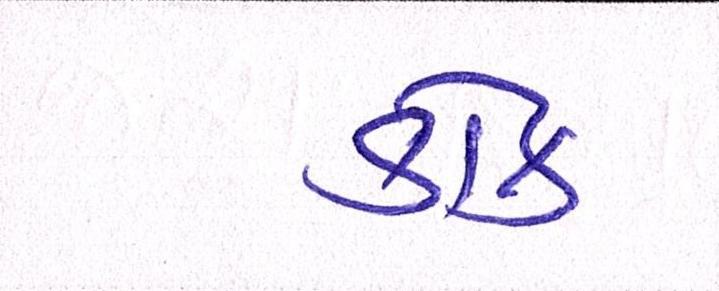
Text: કોક